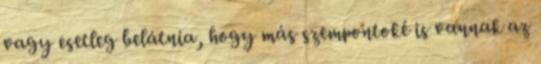
vagy esetleg belátnia, hogy más szempontoké is vannak az